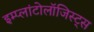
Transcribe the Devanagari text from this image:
इम्प्लांटोलॉजिस्ट्स